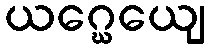
ယဂ္ဃေယျေ